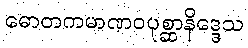
ဓောတကမာဏဝပုစ္ဆာနိဒ္ဒေသ